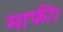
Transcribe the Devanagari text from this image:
माफी।